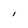
Character: I